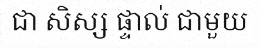
ជា សិស្ស ផ្ទាល់ ជាមួយ